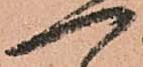
一